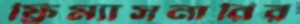
ফ্রিম্যাসনারির